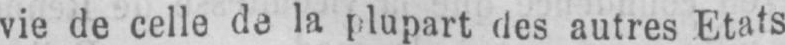
vie de celle de la plupart des autres Etats